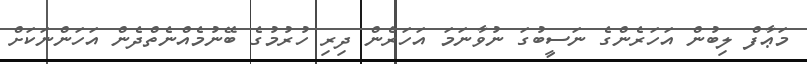
މަޢާފްް ލިބުން އަހަރެންގެ ނަސީބުގަަ ނުވާނަމަ އަހަރެން ދިރި ހުރުމުގެ ބޭނުމެއްނެތްދެން އަހަންނަކަށް